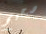
صحيح